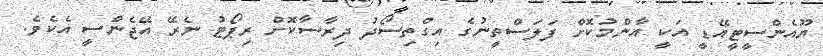
ޔޫއެންސީޓީއޭޑީ އަކީ އާންމުކޮށް ފަލަސްތީނުގެ އިގްތިސޯދު ދިރާސާކޮށް ރިޕޯޓު ނެރޭ އޭޖެންސީ އެކެވެ.